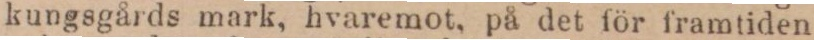
kungsgårds mark, hvaremot, på det för framtiden